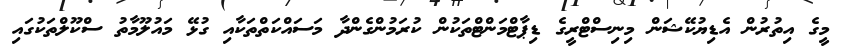
މީގެ އިތުރުން އެޑިޔުކޭޝަން މިނިސްޓްރީގެ ޑިޕާޓްމަންޓްތަކުން ކުރަމުންގެންދާ މަސައްކަތްތަކާއި ގުޅޭ މައުލޫމާތު ސްކޫލްތަކުގައި